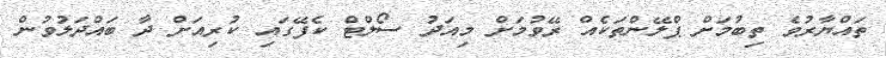
ތައްޔާރުވެ ތިބުމަށް ޕްލޭންތަކެއް ރޭވުމަށް މިއަދު ސޯލްޓް ކެފޭގައި ކުރިއަށް ދާ ބައްދަލުވުން